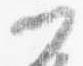
門